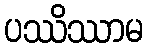
ပဿိဿာမ